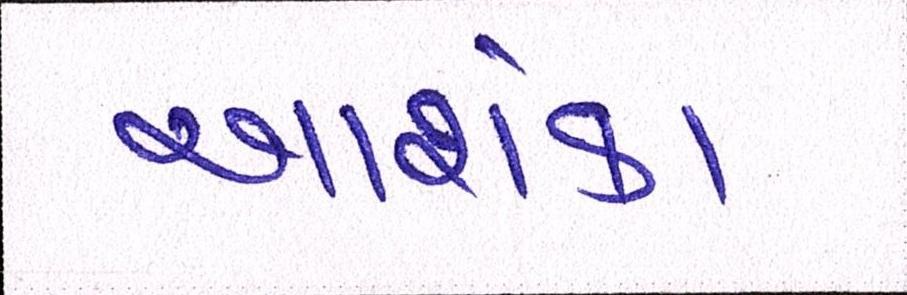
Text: આશંકા